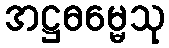
အဋ္ဌဓမ္မေသု